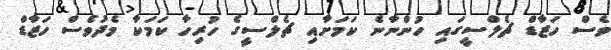
ވެސް ހަޒާޑް ޗެލްސީގައި ހުންނާނެ ކަމަށާއި ޗެލްސީގެ ހުރިހާ ކަމަކާ މެދުވެސް ހަޒާޑް